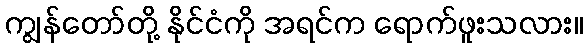
ကျွန်တော်တို့ နိုင်ငံကို အရင်က ရောက်ဖူးသလား။